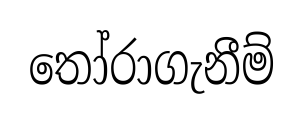
තෝරාගැනීම්